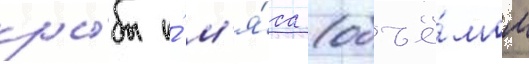
ры́бы и́ м'я́са (объё́мом